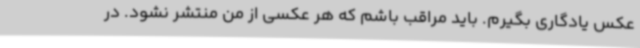
عکس یادگاری بگیرم. باید مراقب باشم که هر عکسی از من منتشر نشود. در